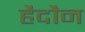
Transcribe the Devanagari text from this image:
हैदौन